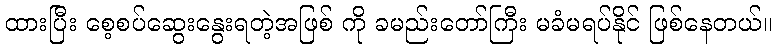
ထားပြီး စေ့စပ်ဆွေးနွေးရတဲ့အဖြစ် ကို ခမည်းတော်ကြီး မခံမရပ်နိုင် ဖြစ်နေတယ်။